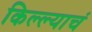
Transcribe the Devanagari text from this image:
किल्ल्याचं